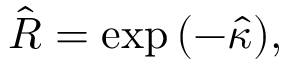
\begin{array} { r } { \hat { R } = \exp { ( - \hat { \kappa } ) } , } \end{array}